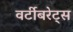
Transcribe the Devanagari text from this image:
वर्टीबरेट्स